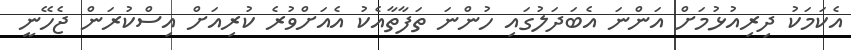
އެކަމަކު ދިރިއުޅުމަށް އަންނަ އެބަދަލުގައި ހުންނަ ތަފާތާއެކު އެއަށްވުރެ ކުރިއަށް އިސްކުރަން ޖެހޭނީ